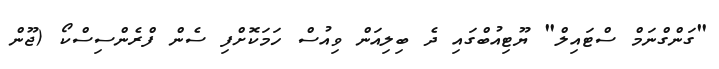
"ގަންގްނަމް ސްޓައިލް" ޔޫޓިއުބްގައި ދެ ބިލިއަން ވިއުސް ހަމަކޮށްފި ސެން ފްރެންސިސްކޯ (ޖޫން